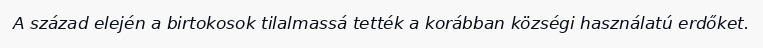
A század elején a birtokosok tilalmassá tették a korábban községi használatú erdőket.